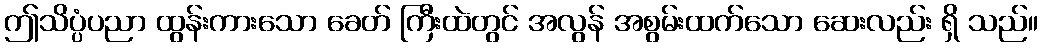
ဤသိပ္ပံပညာ ထွန်းကားသော ခေတ် ကြီးထဲတွင် အလွန် အစွမ်းထက်သော ဆေးလည်း ရှိ သည်။